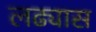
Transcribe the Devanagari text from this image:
लढ्यास